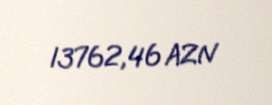
13762,46 AZN